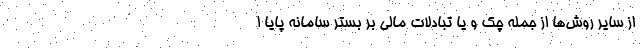
از سایر روش‌ها از جمله چک و یا تبادلات مالی بر بستر سامانه پایا ا